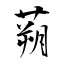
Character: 蒴